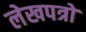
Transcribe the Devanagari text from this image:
लेखपत्रों